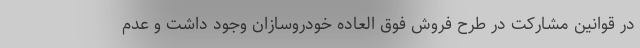
در قوانین مشارکت در طرح فروش فوق العاده خودروسازان وجود داشت و عدم